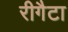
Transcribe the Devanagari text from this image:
रीगैटा